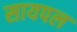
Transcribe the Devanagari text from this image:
सायपल